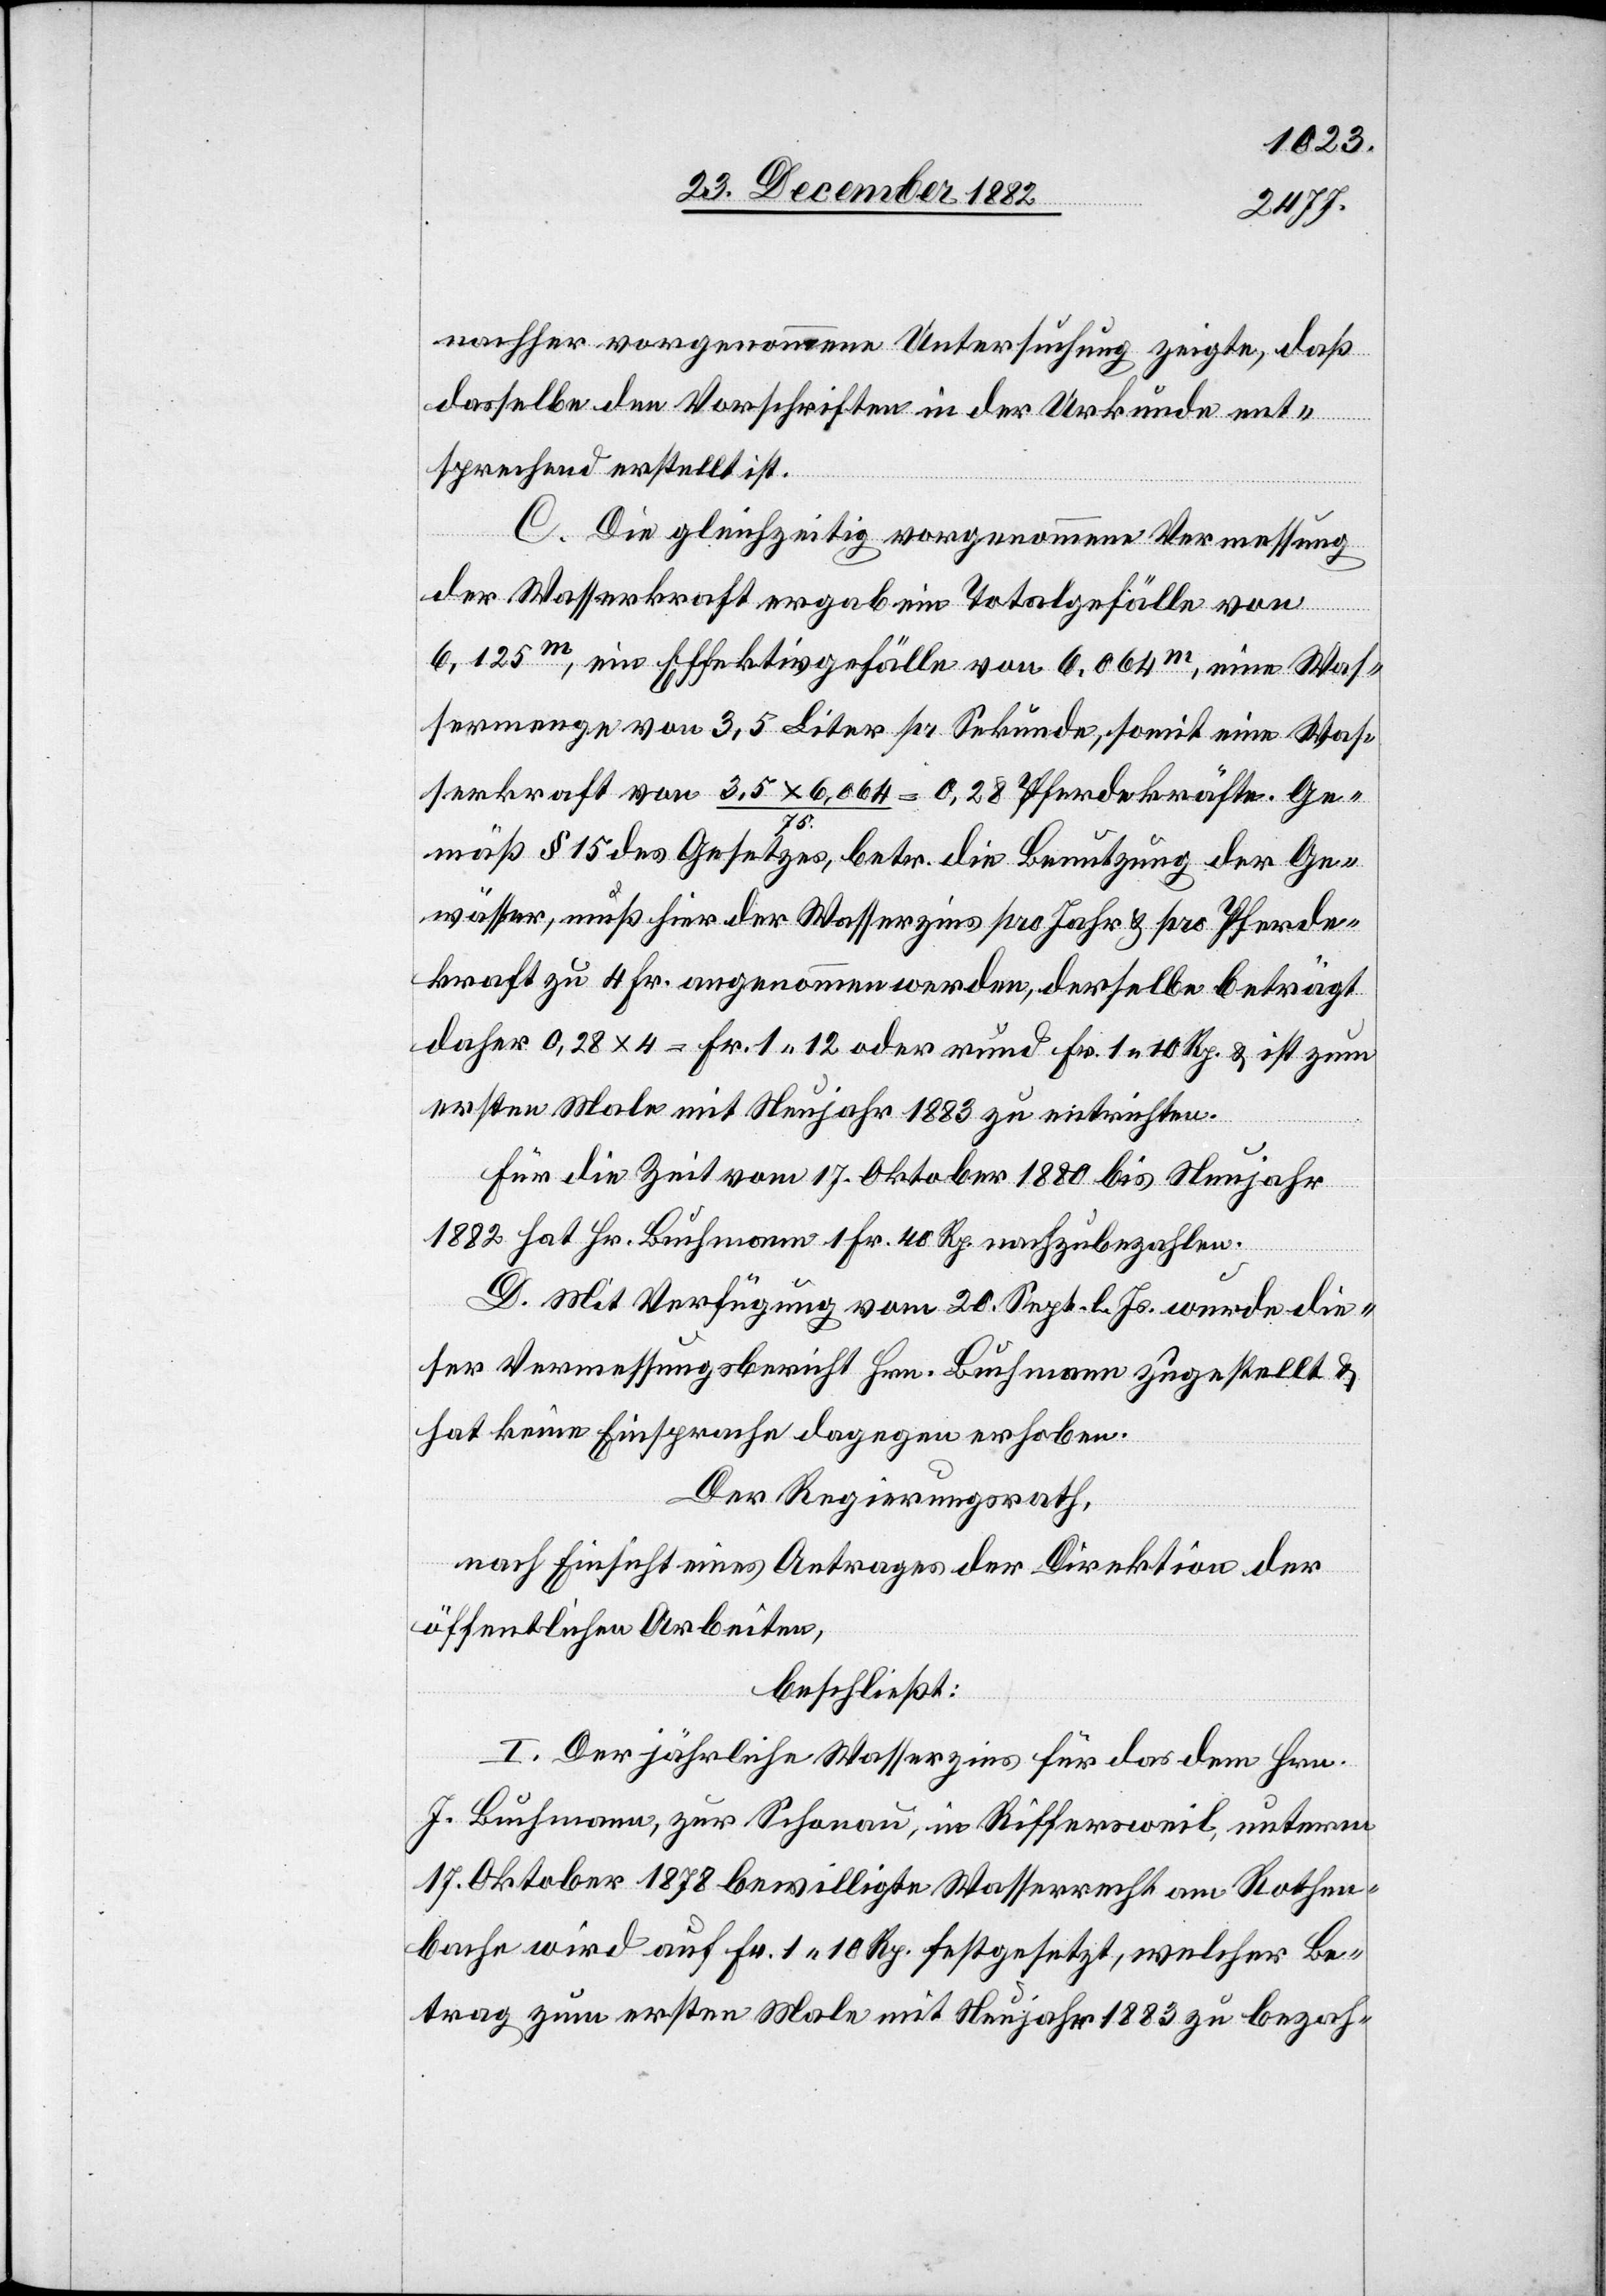
nachher vorgenommene Untersuchung zeigte, daß
dasselbe den Vorschriften in der Urkunde ent¬
sprechend erstellt ist.
C. Die gleichzeitig vorgenommene Vermessung
der Wasserkraft ergab ein Totalgefälle von
6,125m, ein Effektivgefälle von 6,064m, eine Was¬
sermenge von 3,5 Liter pr Sekunde, somit eine Was¬
serkraft von 3,5 x 6,064/75. = 0,28 Pferdekräfte. Ge¬
mäß § 15 des Gesetzes, betr. die Benutzung der Ge¬
wässer, muß hier der Wasserzins pro Jahr & pro Pferde¬
kraft zu 4 Fr. angenommen werden, dieselbe beträgt
daher 0,28 x 4 = Fr. 1 12 oder rund Fr. 1 10 Rp. & ist zum
ersten Male mit Neujahr 1883 zu entrichten.
Für die Zeit vom 17. Oktober 1880 bis Neujahr
1882 hat Hr. Buchmann 1 Fr. 40 Rp. nachzubezahlen.
D. Mit Verfügung vom 20. Sept. l. Js. wurde die¬
ser Vermessungsbericht Hrn. Buchmann zugestellt &
hat keine Einsprache dagegen erhoben.
Der Regierungsrath,
nach Einsicht eines Antrages der Direktion der
öffentlichen Arbeiten,
beschließt:
I. Der jährliche Wasserzins für das dem Hrn.
J. Buchmann, zur Schonau, in Riffersweil, unterm
17. Oktober 1878 bewilligte Wasserrecht am Rothen¬
bache wird auf Fr. 1 10 Rp. festgesetzt, welcher Be¬
trag zum ersten Male mit Neujahr 1883 zu bezah-